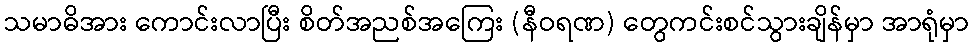
သမာဓိအား ကောင်းလာပြီး စိတ်အညစ်အကြေး (နီဝရဏ) တွေကင်းစင်သွားချိန်မှာ အာရုံမှာ